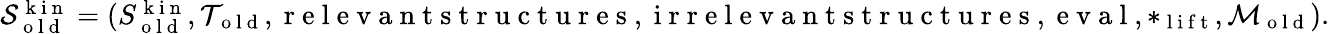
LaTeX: \begin{array}{r}{\mathcal{S}_{\mathrm{~o~l~d~}}^{\mathrm{~k~i~n~}}=(S_{\mathrm{~o~l~d~}}^{\mathrm{~k~i~n~}},\mathcal{T}_{\mathrm{~o~l~d~}},\mathrm{~r~e~l~e~v~a~n~t~s~t~r~u~c~t~u~r~e~s~},\mathrm{~i~r~r~e~l~e~v~a~n~t~s~t~r~u~c~t~u~r~e~s~},\mathrm{~e~v~a~l~},*_{\mathrm{~l~i~f~t~}},\mathcal{M}_{\mathrm{~o~l~d~}}).}\end{array}